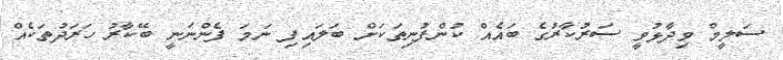
ސަލީމް ވިދާޅުވީ ސަރުކާރުގެ ބައެއް ކުންފުނިތަކަށް ބަލައިފި ނަމަ ފެންނަނީ ބޭކާރު ހަރަދުތަކެއް